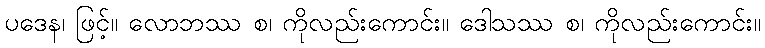
ပဒေန၊ ဖြင့်။ လောဘဿ စ၊ ကိုလည်းကောင်း။ ဒေါသဿ စ၊ ကိုလည်းကောင်း။